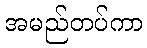
အမည်တပ်ကာ